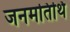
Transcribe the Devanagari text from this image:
जनमतिथि